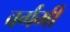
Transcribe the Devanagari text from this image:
वर्गमी